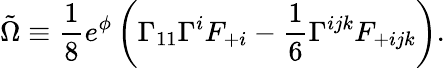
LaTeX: \tilde{\Omega}\equiv{\frac{1}{8}}e^{\phi}\left(\Gamma_{11}\Gamma^{i}F_{+i}-{\frac{1}{6}}\Gamma^{ijk}F_{+ijk}\right).